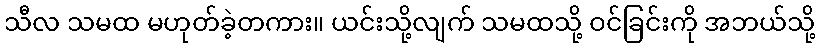
သီလ သမထ မဟုတ်ခဲ့တကား။ ယင်းသို့လျက် သမထသို့ ဝင်ခြင်းကို အဘယ်သို့